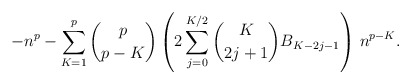
\begin{align*}-n^p - \sum_{K=1}^{p} \binom{p}{p-K}\left(2 \sum_{j=0}^{K/2} \binom{K}{2j+1} B_{K-2j-1}\right) \, n^{p-K}.\end{align*}